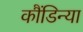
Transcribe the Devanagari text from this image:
कौंडिन्या